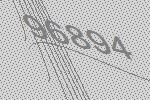
96894